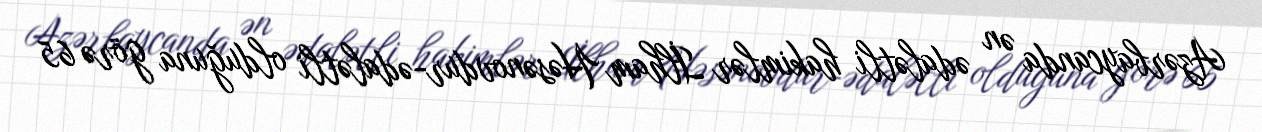
Azərbaycanda ən ədalətli hakimlər İlham Həsənovdur-ədalətli olduğuna görə 65